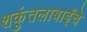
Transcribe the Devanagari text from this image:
शकुंतलाबाईंचे